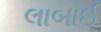
લાબાઈ